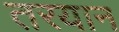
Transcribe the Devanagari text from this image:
तरयान